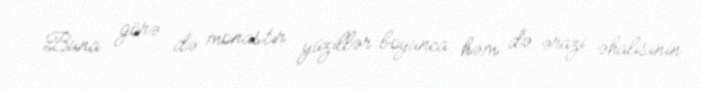
Buna görə də monastır yüzillər boyunca həm də ərazi əhalisinin